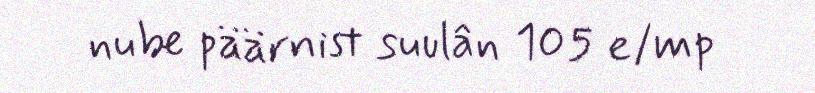
nube päärnist suulân 105 e/mp